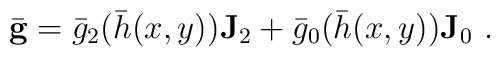
\bar{\mathbf{g}}=\bar{g}_2(\bar{h}(x,y))\mathbf{J}_2+    \bar{g}_0(\bar{h}(x,y))\mathbf{J}_0~.